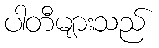
ပါတီများသည်